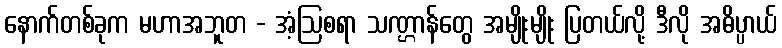
နောက်တစ်ခုက မဟာအဘူတ - အံ့ဩစရာ သဏ္ဌာန်တွေ အမျိုးမျိုး ပြတယ်လို့ ဒီလို အဓိပ္ပာယ်